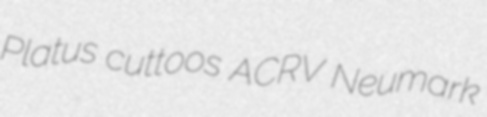
Platus cuttoos ACRV Neumark